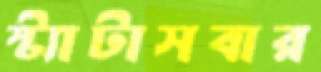
স্ট্যাটাসবার